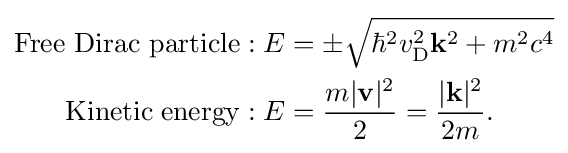
{\begin{aligned}\mathrm {Free~Dirac~particle:\;} E&=\pm {\sqrt {\hbar ^{2}v_{\rm {D}}^{2}\mathbf {k} ^{2}+m^{2}c^{4}}}\\\mathrm {Kinetic\;energy:\;} E&={\frac {m|\mathbf {v} |^{2}}{2}}={\frac {|\mathbf {k} |^{2}}{2m}}.\end{aligned}}